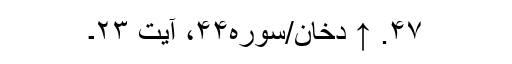
۴۷. ↑ دخان/سوره۴۴، آیت ۲۳۔